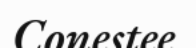
Conestee